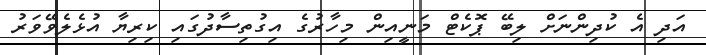
އަދި އެ ކުދިންނަށް ލިބޭ ޕޮކެޓް މަނީއިިން މިހާރުގެ އިގުތިސާދުގައި ކިރިޔާ އުޅެލެވޭވަރު